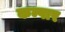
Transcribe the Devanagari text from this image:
कम्पार